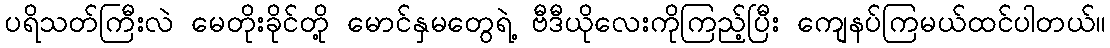
ပရိသတ်ကြီးလဲ မေတိုးခိုင်တို့ မောင်နှမတွေရဲ့ ဗီဒီယိုလေးကိုကြည့်ပြီး ကျေနပ်ကြမယ်ထင်ပါတယ်။